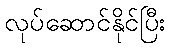
လုပ်ဆောင်နိုင်ပြီး